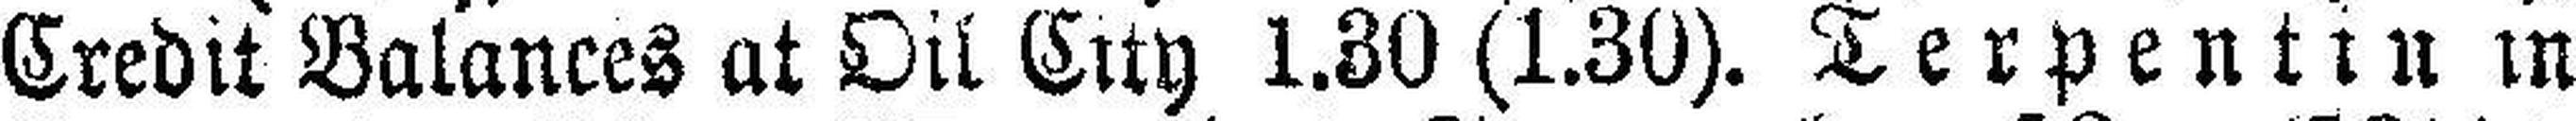
Credit Balances at Oil City 1.30 (1.30). Terpentin in